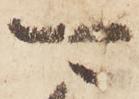
可